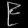
Digit: ၉